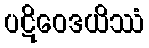
ပဋိဝေဒယိဿံ